Report of the Indian Hemp Drugs Commission, 1894-1895 - Volume IV
Year: 1894
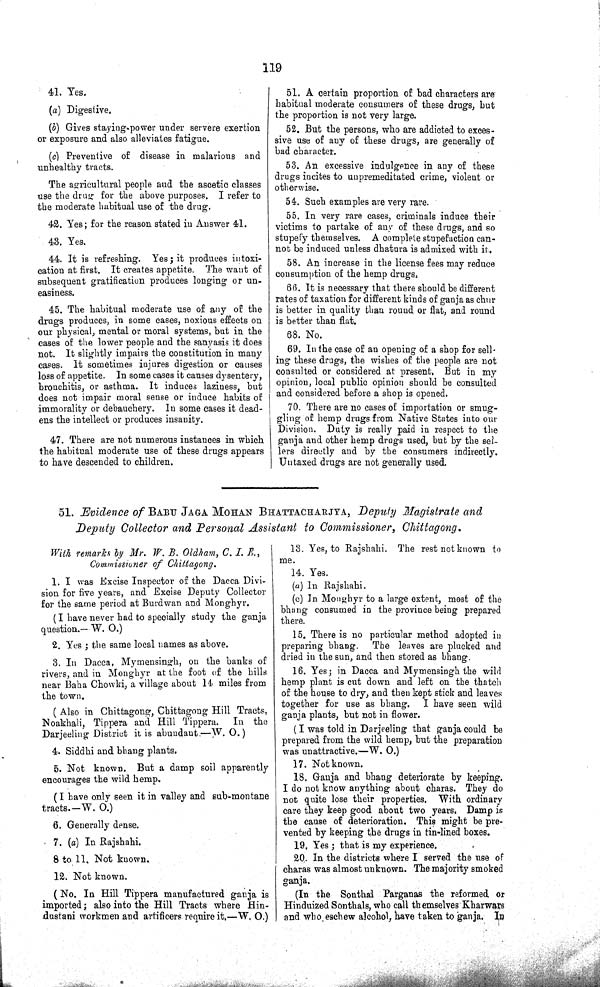
119
41. Yes.
(a) Digestive.
(b) Gives staying-power under servere exertion
or exposure and also alleviates fatigue.
(c) Preventive of disease in malarious and
unhealthy tracts.
The agricultural people and the ascetic classes
use the drug for the above purposes. I refer to
the moderate habitual use of the drug.
42. Yes; for the reason stated in Answer 41.
43. Yes.
44. It is refreshing. Yes; it produces intoxi¬
cation at first. It creates appetite. The want of
subsequent gratification produces longing or un¬
easiness.
45. The habitual moderate use of any of the
drugs produces, in some cases, noxious effects on
our physical, mental or moral systems, but in the
cases of the lower people and the sanyasis it does
not. It slightly impairs the constitution in many
cases. It sometimes injures digestion or causes
loss of appetite. In some cases it causes dysentery,
bronchitis, or asthma. It induces laziness, but
does not impair moral sense or induce habits of
immorality or debauchery. In some cases it dead¬
ens the intellect or produces insanity.
47. There are not numerous instances in which
the habitual moderate use of these drugs appears
to have descended to children.
51. A certain proportion of bad characters are
habitual moderate consumers of these drugs, but
the proportion is not very large.
52. But the persons, who are addicted to exces¬
sive use of any of these drugs, are generally of
bad character.
53. An excessive indulgence in any of these
drugs incites to unpremeditated crime, violent or
otherwise.
54. Such examples are very rare.
55. In very rare cases, criminals induce their
victims to partake of any of these drugs, and so
stupefy themselves. A complete stupefaction can¬
not be induced unless dhatura is admixed with it.
58. An increase in the license fees may reduce
consumption of the hemp drugs,
66. It is necessary that there should be different
rates of taxation for different kinds of ganja as chur
is better in quality than round or flat, and round
is better than flat.
68. No.
69. In the case of an opening of a shop for sell¬
ing these drugs, the wishes of the people are not
consulted or considered at present. But in my
opinion, local public opinion should be consulted
and considered before a shop is opened.
70. There are no cases of importation or smug¬
gling of hemp drugs from Native States into our
Division. Duty is really paid in respect to the
ganja and other hemp drugs used, but by the sel¬
lers directly and by the consumers indirectly.
Untaxed drugs are not generally used.
51. Evidence of BABU JAGA MOHAN BHATTACHARJYA, Deputy Magistrate and
Deputy Collector and Personal Assistant to Commissioner, Chittagong.
With remarks by Mr. W. B. Oldham, C. I. E.,
Commissioner of Chittagong.
1. I was Excise Inspector of the Dacca Divi¬
sion for five years, and Excise Deputy Collector
for the same period at Burdwan and Monghyr.
(I have never had to specially study the ganja
question.—W. O.)
2. Yes; the same local names as above.
3. In Dacca, Mymensingh, on the banks of
rivers, and in Monghyr at the foot of the hills
near Baha Chowki, a village about 14 miles from
the town.
( Also in Chittagong, Chittagong Hill Tracts,
Noakhali, Tippera and Hill Tippera. In the
Darjeeling District it is abundant—W. O.)
4. Siddhi and bhang plants.
5. Not known. But a damp soil apparently
encourages the wild hemp.
(I have only seen it in valley and sub-montane
tracts.—W. O.)
6. Generally dense.
7. (a) In Rajshahi.
8 to 11. Not known.
12. Not known.
(No. In Hill Tippera manufactured ganja is
imported; also into the Hill Tracts where Hin¬
dustani workmen and artificers require it.—W. O.)
13. Yes, to Rajshahi. The rest not known to
me.
14. Yes.
(a) In Rajshahi.
(c) In Monghyr to a large extent, most of the
bhang consumed in the province being prepared
there.
15. There is no particular method adopted in
preparing bhang. The leaves are plucked and
dried in the sun, and then stored as bhang.
16. Yes; in Dacca and Mymensingh the wild
hemp plant is cut down and left on the thatch
of the house to dry, and then kept stick and leaves
together for use as bhang. I have seen wild
ganja plants, but not in flower.
(I was told in Darjeeling that ganja could be
prepared from the wild hemp, but the preparation
was unattractive.—W. O.)
17. Not known.
18. Gauja and bhang deteriorate by keeping,
I do not know anything about charas. They do
not quite lose their properties. With ordinary
care they keep good about two years. Damp is
the cause of deterioration. This might be pre¬
vented by keeping the drugs in tin-lined boxes.
19. Yes; that is my experience.
20. In the districts where I served the use of
charas was almost unknown. The majority smoked
ganja.
(In the Sonthal Parganas the reformed or
Hinduized Sonthals, who call themselves Kharwars
and who eschew alcohol, have taken to ganja. In